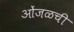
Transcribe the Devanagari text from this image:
ओंजळची